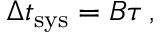
\Delta t _ { \mathrm { s y s } } = B \tau \, ,